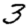
Digit: 3